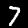
Digit: 7